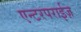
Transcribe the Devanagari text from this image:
एन्टरपराईज़